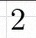
2